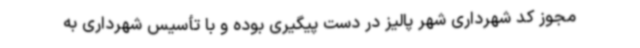
مجوز کد شهرداری شهر پالیز در دست پیگیری بوده و با تأسیس شهرداری به